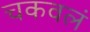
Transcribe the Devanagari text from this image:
चकवलं